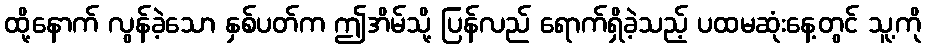
ထို့နောက် လွန်ခဲ့သော နှစ်ပတ်က ဤအိမ်သို့ ပြန်လည် ရောက်ရှိခဲ့သည့် ပထမဆုံးနေ့တွင် သူ့ကို